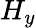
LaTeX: H_{y}